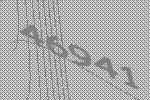
46941